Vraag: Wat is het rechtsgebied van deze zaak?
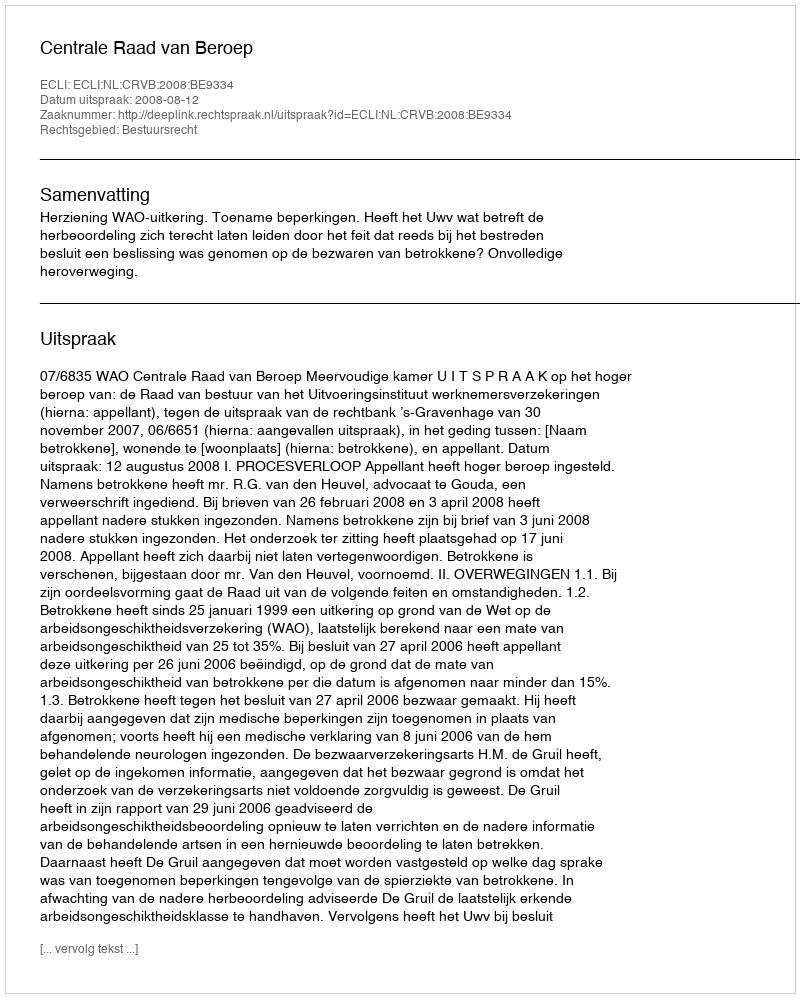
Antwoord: Bestuursrecht